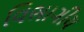
વિભાગીય